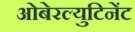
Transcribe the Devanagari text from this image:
ओबेरल्युटिनेंट